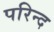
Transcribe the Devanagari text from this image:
परिन्द